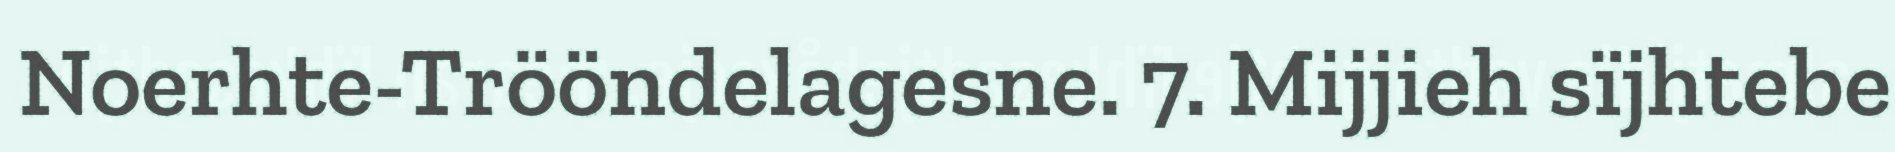
Noerhte-Trööndelagesne. 7. Mijjieh sïjhtebe